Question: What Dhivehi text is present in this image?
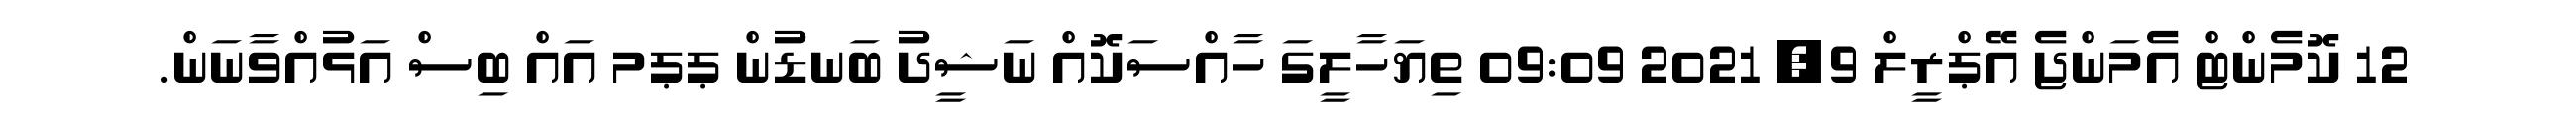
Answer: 12 ކޮމެންޓް އެމަންޖެ އޭޕްރީލް 9, 2021 09:09 ތިޔަހާލީގަ ހާއްސަކޮއް ނަޝީދު ބަނޑުން ޕޕމ އައް ބިސް އަޅުއްވާނަން.